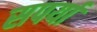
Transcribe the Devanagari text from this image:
सपर्या